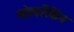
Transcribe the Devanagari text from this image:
मोलस्किन